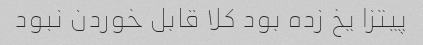
پیتزا یخ زده بود کلا قابل خوردن نبود